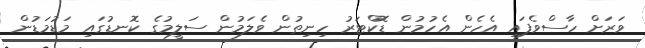
ވަރަށް ހާސްވެފައި އެހެން އެހުމުން ޑޮކްޓަރު ހިނިތުން ވެލަމުން ސަލީމުގެ ކޮނޑުގައި މަޑުމަޑުން